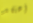
أعتقد